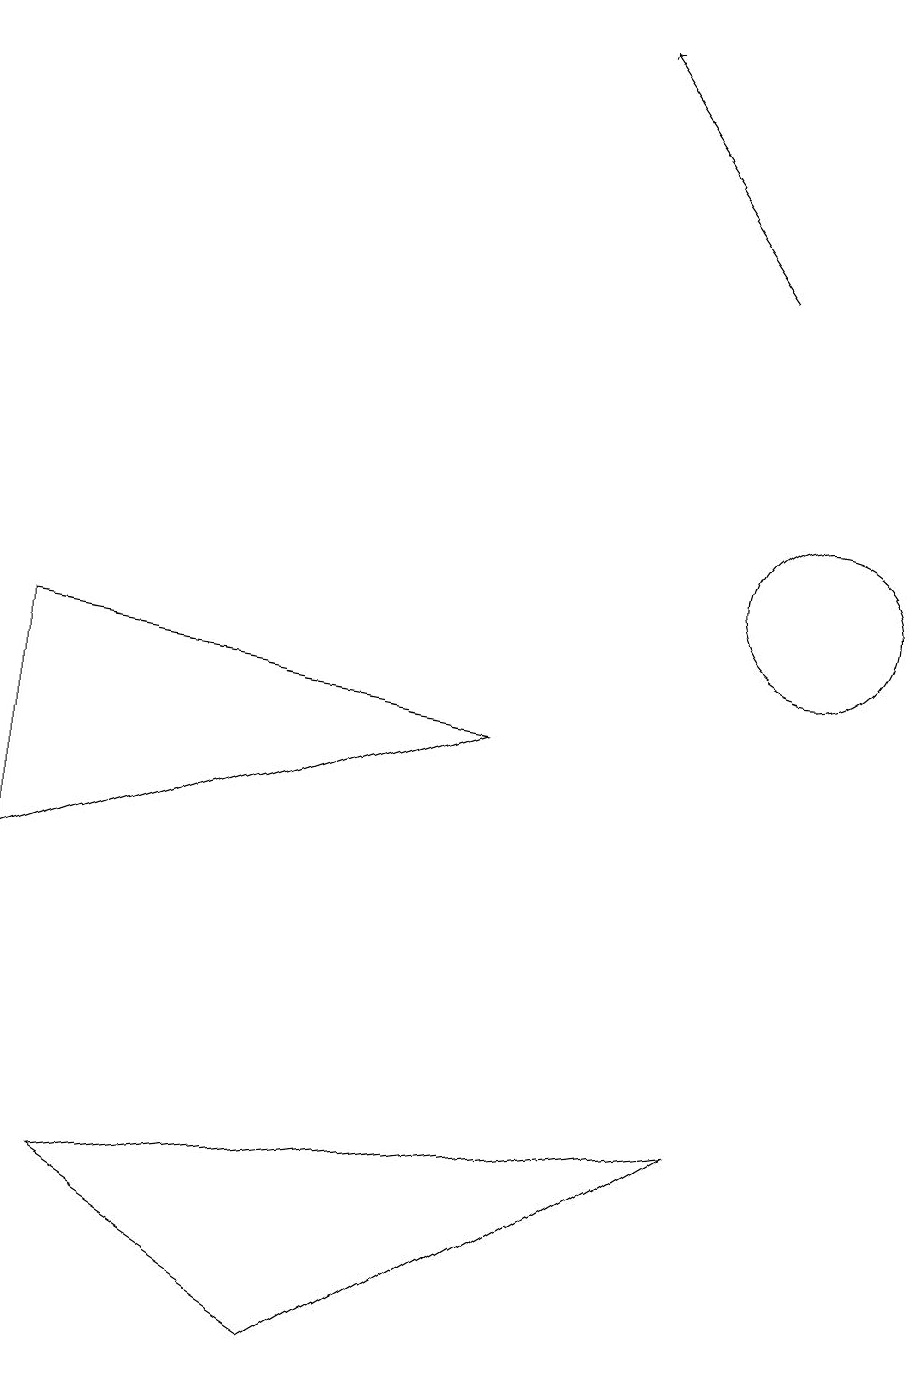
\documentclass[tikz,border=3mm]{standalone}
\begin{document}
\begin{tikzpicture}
\draw (10,10) circle (1);
\draw[->] (9,14) -- (7,17);
\draw (1,2) -- (4,0) -- (9,3) -- cycle;
\draw (0,6) -- (6,8) -- (0,9) -- cycle;
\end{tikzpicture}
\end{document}